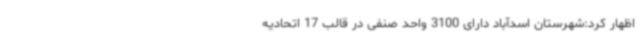
اظهار کرد:شهرستان اسدآباد دارای 3100 واحد صنفی در قالب 17 اتحادیه